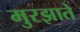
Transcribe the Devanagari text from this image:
मुरझाते